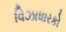
વિઝાધારકો